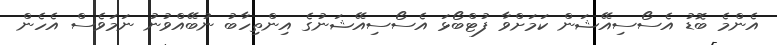
އެންމެ ބޮޑު އެސޯސިއޭޝަން ކަމަށްވާ ފުޓްބޯޅަ އެސޯސިއޭޝަނުގެ އިންތިހާބު ނުބޭއްވުނު ނަމަވެސް އެހެން